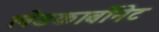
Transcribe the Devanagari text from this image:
लेडकार्बोनेट